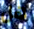
هل